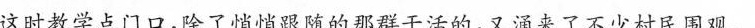
”这时教学点门口，除了悄悄跟随的那群干活的，又涌来了不少村民国观。